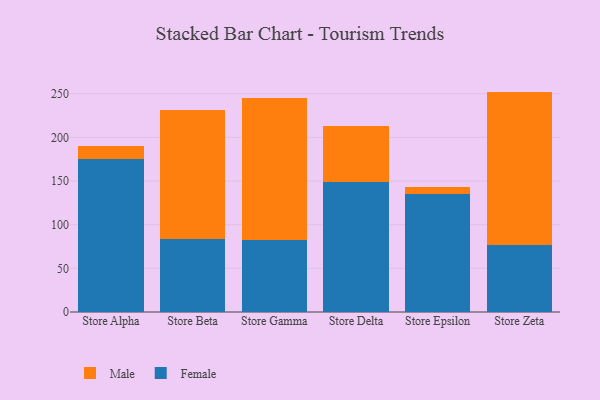
{"axis": {"x": "Store", "y": "Page Views"}, "legend": ["Female", "Male"], "data": [{"x": "Store Alpha", "y": 175.4, "type": "Female"}, {"x": "Store Alpha", "y": 14.2, "type": "Male"}, {"x": "Store Beta", "y": 83.5, "type": "Female"}, {"x": "Store Beta", "y": 147.7, "type": "Male"}, {"x": "Store Gamma", "y": 82.5, "type": "Female"}, {"x": "Store Gamma", "y": 162.6, "type": "Male"}, {"x": "Store Delta", "y": 149.0, "type": "Female"}, {"x": "Store Delta", "y": 64.0, "type": "Male"}, {"x": "Store Epsilon", "y": 135.5, "type": "Female"}, {"x": "Store Epsilon", "y": 7.2, "type": "Male"}, {"x": "Store Zeta", "y": 76.8, "type": "Female"}, {"x": "Store Zeta", "y": 175.6, "type": "Male"}]}